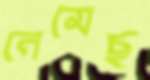
নেমেছ